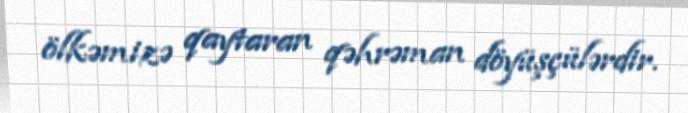
ölkəmizə qaytaran qəhrəman döyüşçülərdir.